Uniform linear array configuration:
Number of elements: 64
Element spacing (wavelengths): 0.75
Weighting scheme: hamming
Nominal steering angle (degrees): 15
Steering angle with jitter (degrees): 14.379
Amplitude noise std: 0.05
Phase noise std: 0.05

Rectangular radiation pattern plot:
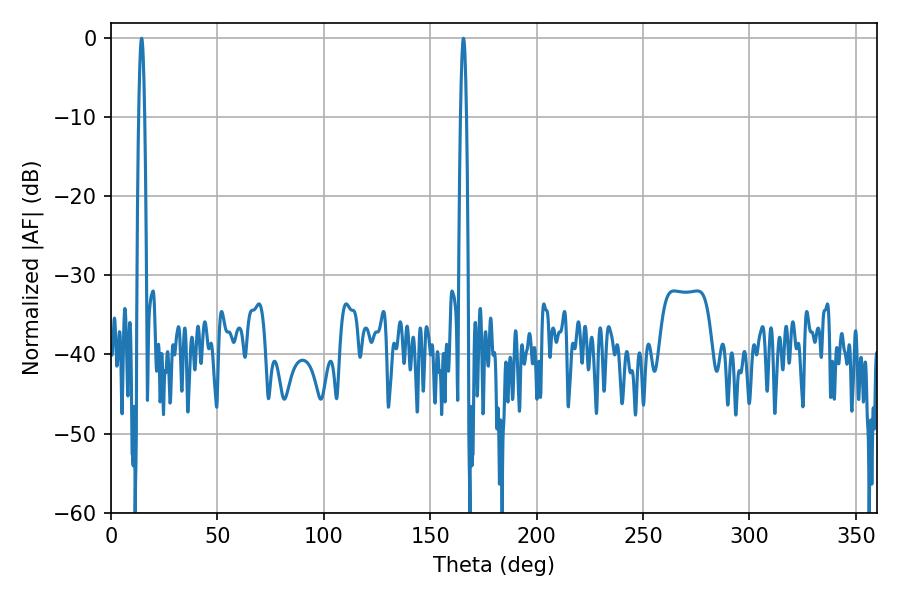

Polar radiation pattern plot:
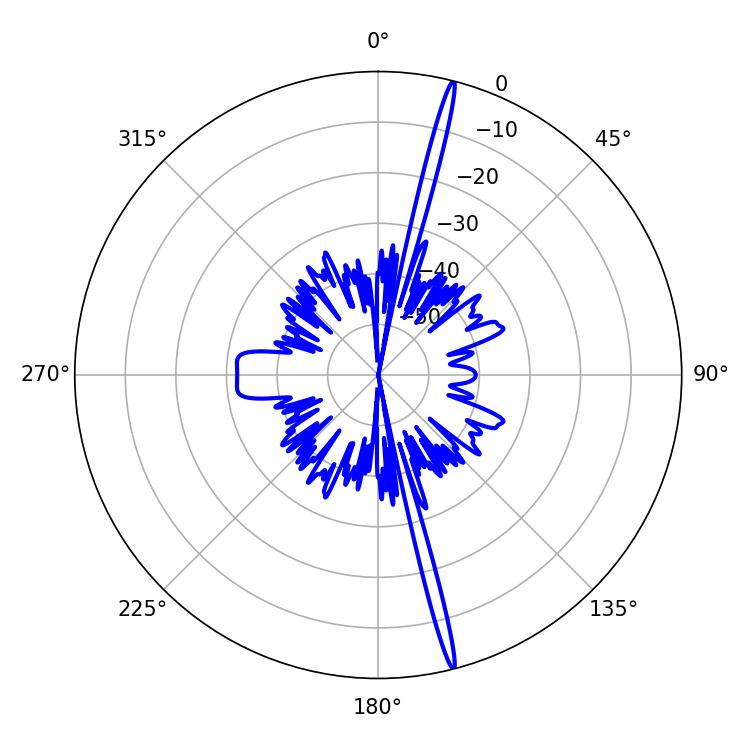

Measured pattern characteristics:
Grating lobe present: TRUE
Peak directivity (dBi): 21.351
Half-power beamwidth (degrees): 1.44
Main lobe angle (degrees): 14.4